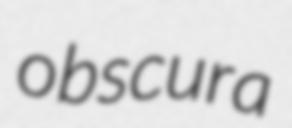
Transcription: obscura